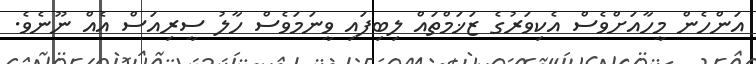
އަންހެން މީހާއަށްވެސް އެކިވަރުގެ ޒަޚަމްތައް ލިބިފައި ވީނަމަވެސް ހާލު ސީރިއަސް އެއް ނޫނެވެ.